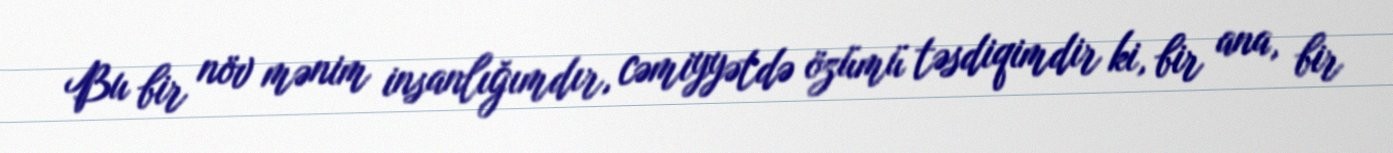
Bu bir növ mənim insanlığımdır, cəmiyyətdə özümü təsdiqimdir ki, bir ana, bir